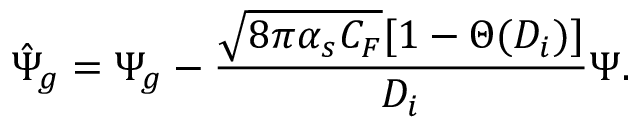
\hat { \Psi } _ { g } = \Psi _ { g } - { \frac { \sqrt { 8 \pi \alpha _ { s } C _ { F } } [ 1 - \Theta ( D _ { i } ) ] } { D _ { i } } } \Psi .